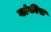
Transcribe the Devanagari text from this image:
यांकीस